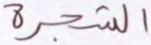
الشجرة